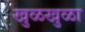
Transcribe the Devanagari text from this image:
खुळखुळा